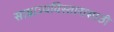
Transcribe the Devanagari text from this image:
साम्राज्यविस्तारासाठी